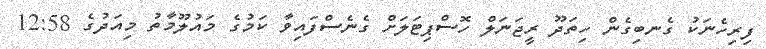
ފިރިހެނަކު ގެނބިގެން ހިތަދޫ ރީޖަނަލް ހޮސްޕިޓަލަށް ގެނެސްފައިވާ ކަމުގެ މައުލޫމާތު މިއަދުގެ 12:58